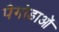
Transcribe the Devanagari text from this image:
पैगोडाओं